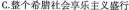
C.整个希腊社会享乐主义盛行